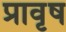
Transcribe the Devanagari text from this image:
प्रावृष